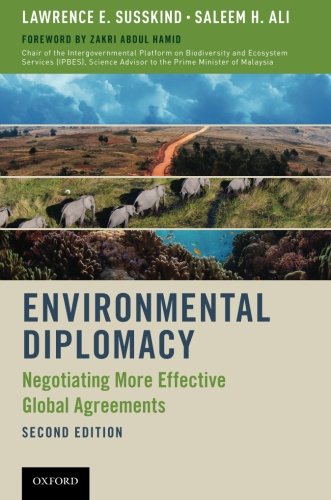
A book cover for Environmental Diplomacy: Negotiating More Effective Global Agreements; Lawrence E. Susskind; Law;